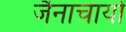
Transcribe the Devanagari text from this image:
जैनाचायों